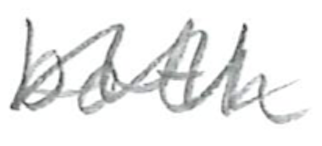
Text: both
Cross-out: zig-zag
Writing tool: pencil